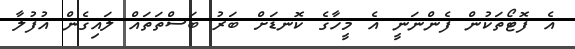
އެ ފޮޓޯތަކުން ފެންނަނީ އެ މީހާގެ ކޮނޑަށް ބަރު ބަސްތަތައް ލައިގެން އުފުލާ